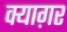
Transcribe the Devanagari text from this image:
क्याग़र